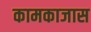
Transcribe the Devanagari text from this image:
कामकाजास